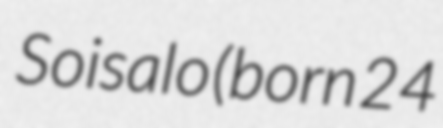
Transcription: Soisalo (born 24